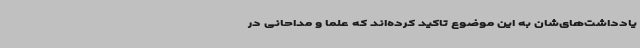
یادداشت‌های‌شان به این موضوع تاکید کرده‌اند که علما و مداحانی در